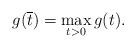
\begin{align*}g(\overline{t})=\mathop{\max}\limits_{t>0}g(t).\end{align*}